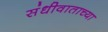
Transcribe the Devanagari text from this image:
संधीवाताच्या